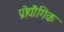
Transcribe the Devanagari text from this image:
प्रोद्यौगिक